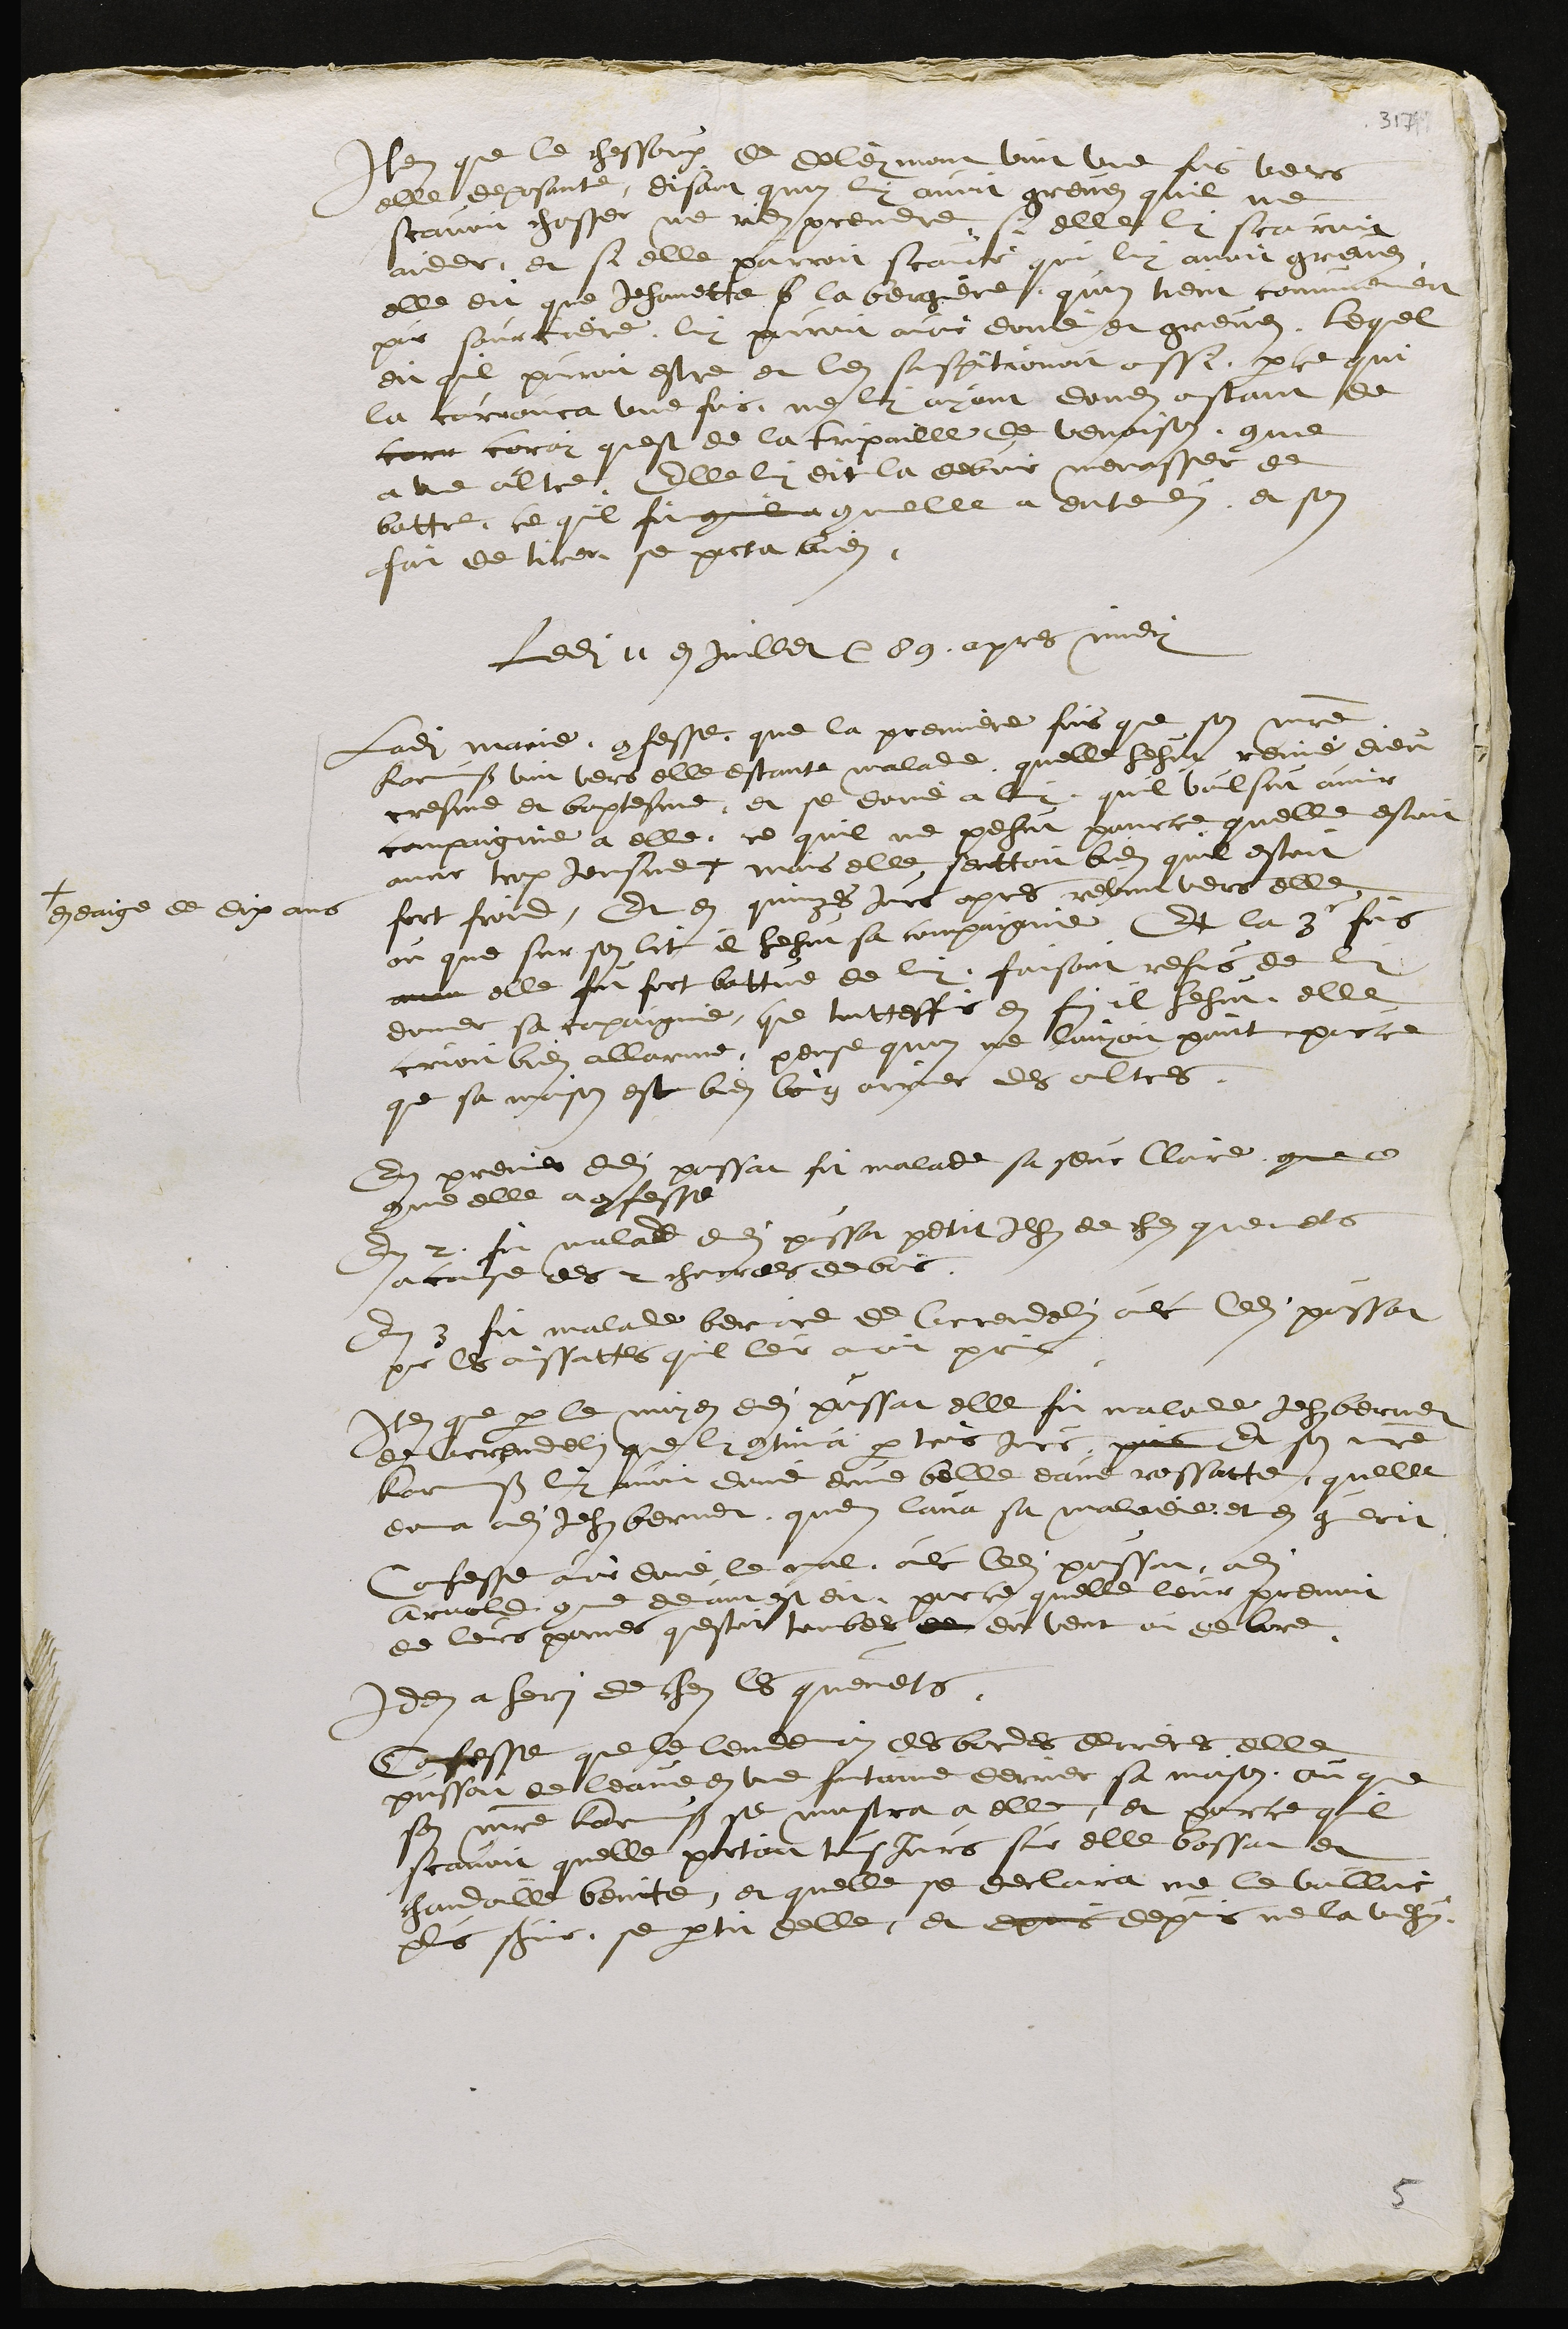
en que le chessoux de Deleymont vint une fois vers
elle deposante, disant quon luy avoit greves quil ne
scavoit chasser ne rien prendre, si elle luy scauroit
aider, et si elle pourroit scavoir qui luy avoit grevez
elle dit que Jehannette b la bergiere quon tient communement
pour sourciere, luy pouroit avoir doné et grevez, Lequel
dit quil pouroit estre et len suspitionoit aussi, parce qui
la corrouca une fois, ne luy ayant donez ostant de
corr coray quest de la tripaille de venaison comme
a une altre, Elle luy dit la debvoir menasser de
battre, ce quil fit commil commelle a entendus, et son
fait de tirer se porta bien
ledit 11 en juillet 89 apres midy
Ladite Marie confesse que la premiere fois que son maistre
Karmuss vint vers elle estante malade quelle hehut renié dieu
cresme et baptesme, et se doné a luy quil voulsut avoir
compaignie a elle, ce quil ne pehut pource quelle estoit
ancor trop Jeusne +
+ en eaige de dix ans
mais elle senttoit bien quil estoit
fort froid, Et en quinzes jours apres revint vers elle
ou que sur son lit il hehut sa compaignie Et la 3e fois
avoir elle fut fort battue de luy, faisant refus de luy
donner sa compaignie, que toutteffois en fin il hehut, elle
crioit bien allarme, pense quon ne louyoit point parce
que sa maison est bien loing arrier des altres.
En premier dudit poussat fut malade sa seur Claire comme ce
comme elle a confesse
En 2 fut malade dudit poussat petit Jehan de chiez quenets
a cause des cherrees de bois
En 3 fut malade bernard de Correndelin avec ledit poussat
sur les aussattes quil leur avoit pris
Item que par le moyen dudit poussat elle fit malade Jehan bernet
de Correndelin que luy continua par trois Jours, puis Et son maitre
Karmuss luy avoit doné dune belle eaue rossatte, quelle
dona audit Jehan bernert quen lava sa maladie et en guerit
Confesse avoir doné le mal, avec ledit poussat audit
Arnold comme devant est dit, parce quelle leur prenoit
de leurs pomes questoit tombees de du vent au debord
Idem a heri de chez les quenets.
Confesse que le lendemain des bordes derrieres elle
puissoit de leaue en une fontaine derrier sa maison, ou que
son maitre Karmuss se monstra a elle, et pource quil
scavoit quelle portoit tousjours sur elle bossat et
chandoille benite, et quelle se declara ne le voulloir
plus servir, se partit delle, et epuis depuis ne la vehus,